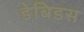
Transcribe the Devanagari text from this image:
डेबिडस